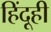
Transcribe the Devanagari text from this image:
हिंदूही